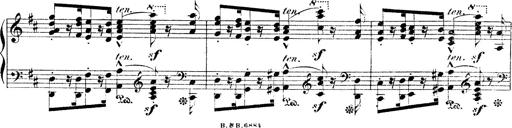
Title: Illustrations de l'opÃ©ra L'Africaine
Composer: Franz Liszt